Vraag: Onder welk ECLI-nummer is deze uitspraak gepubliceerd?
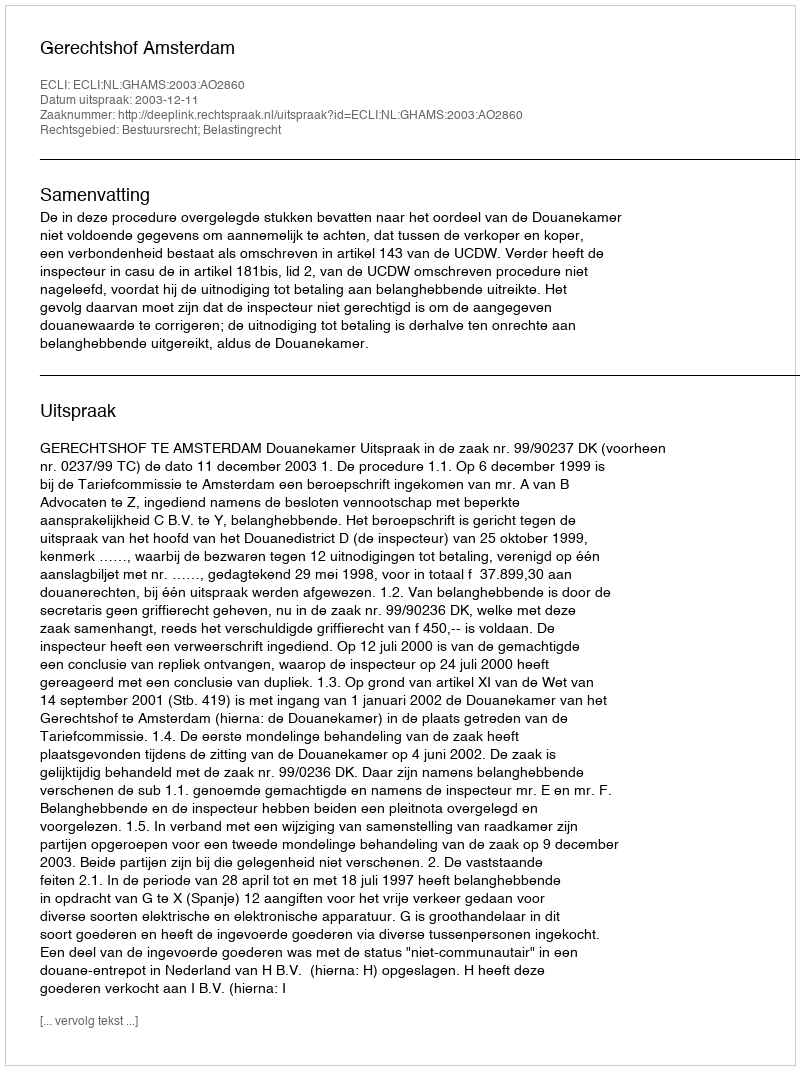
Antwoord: ECLI:NL:GHAMS:2003:AO2860